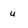
Character: u